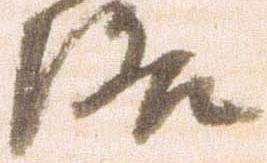
洛